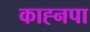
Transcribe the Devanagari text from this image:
काह्नपा